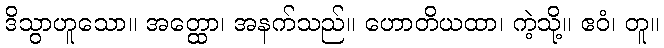
ဒိသွာဟူသော။ အတ္ထော၊ အနက်သည်။ ဟောတိယထာ၊ ကဲ့သို့။ ဧဝံ၊ တူ။